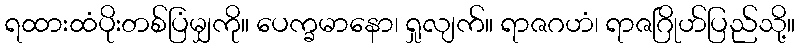
ရထားထံပိုးတစ်ပြံမျှကို။ ပေက္ခမာနော၊ ရှုလျက်။ ရာဇဂဟံ၊ ရာဇဂြိုဟ်ပြည်သို့။